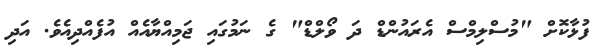
ފުޅާކޮށް "މުސްލިމްސް އެރައުންޑް ދަ ވޯލްޑް" ގެ ނަމުގައި ޖަމިއްޔާއެއް އުފެއްދިއެވެ. އަދި